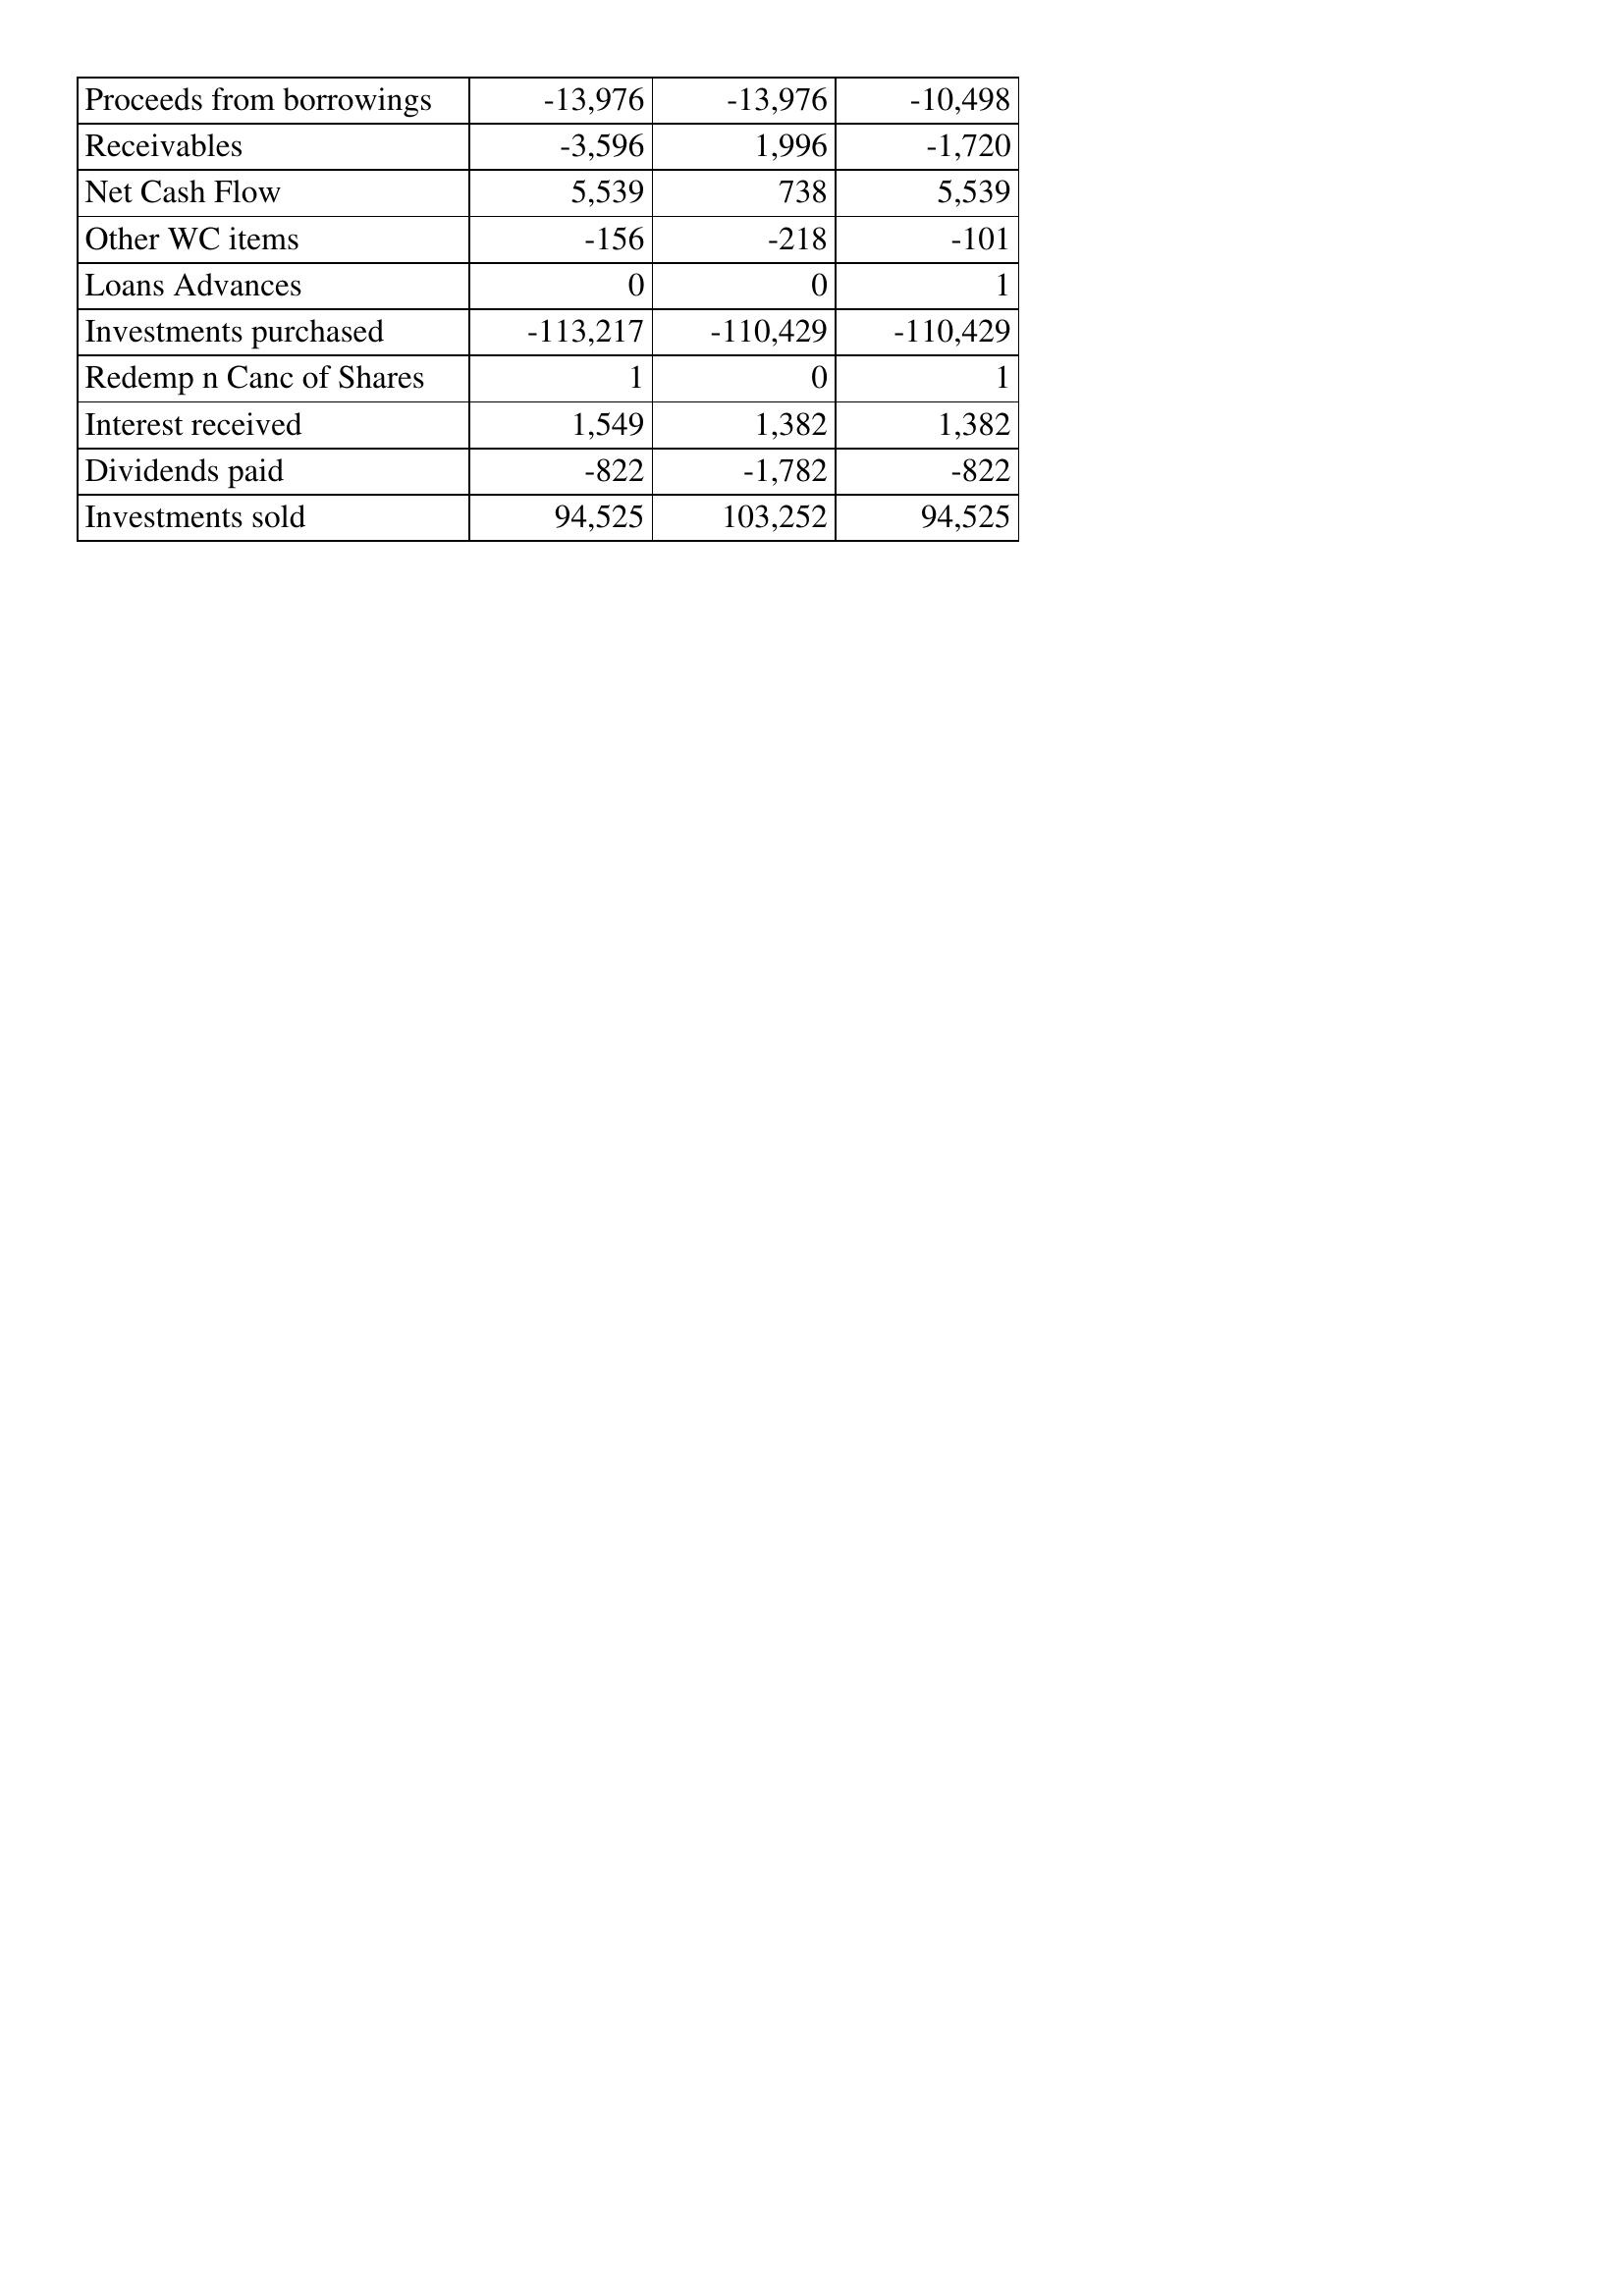
Mar-92: Cash Flows: Proceeds from borrowings: -13,976
Receivables: -3,596
Net Cash Flow: 5,539
Other WC items: -156
Loans Advances: 0
Investments purchased: -113,217
Redemp n Canc of Shares: 1
Interest received: 1,549
Dividends paid: -822
Investments sold: 94,525
Mar-91: Cash Flows: Proceeds from borrowings: -13,976
Receivables: 1,996
Net Cash Flow: 738
Other WC items: -218
Loans Advances: 0
Investments purchased: -110,429
Redemp n Canc of Shares: 0
Interest received: 1,382
Dividends paid: -1,782
Investments sold: 103,252
Mar-90: Cash Flows: Proceeds from borrowings: -10,498
Receivables: -1,720
Net Cash Flow: 5,539
Other WC items: -101
Loans Advances: 1
Investments purchased: -110,429
Redemp n Canc of Shares: 1
Interest received: 1,382
Dividends paid: -822
Investments sold: 94,525